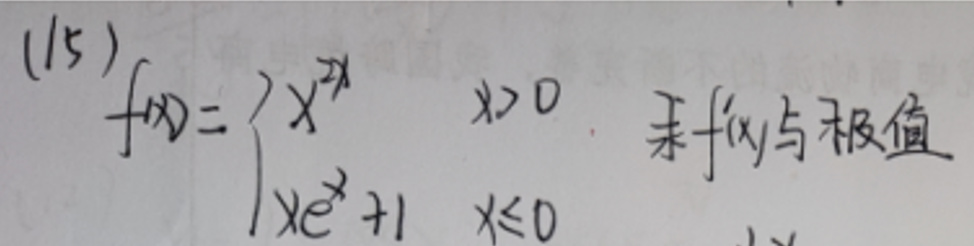
(15)
\[
f(x)=\begin{cases}
x^{2x},&x > 0\\
xe^{x}+1,&x\leqslant0
\end{cases}
\]
求 \(f^\prime(x)\) 与极值